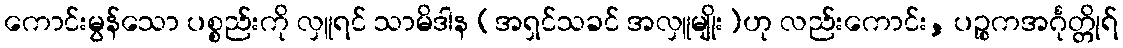
ကောင်းမွန်သော ပစ္စည်းကို လှူရင် သာမိဒါန (အရှင်သခင် အလှူမျိုး)ဟု လည်းကောင်း, ပဉ္စကအင်္ဂုတ္တိုရ်